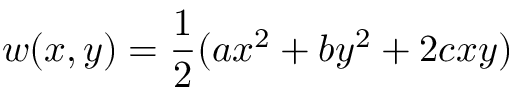
w ( x , y ) = \frac 1 2 ( a x ^ { 2 } + b y ^ { 2 } + 2 c x y )